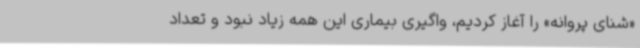
«شنای پروانه» را آغاز کردیم، واگیری بیماری این همه زیاد نبود و تعداد